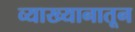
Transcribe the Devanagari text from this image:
व्याख्यानातून